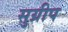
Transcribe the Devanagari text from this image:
सुग्रीप